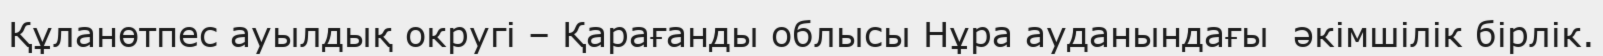
Құланөтпес ауылдық округі – Қарағанды облысы Нұра ауданындағы  әкімшілік бірлік.